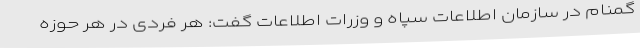
گمنام در سازمان اطلاعات سپاه و وزرات اطلاعات گفت: هر فردی در هر حوزه